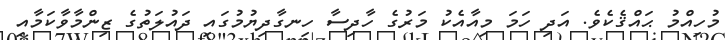
މުހިއްމު ޙައްޤެކެވެ. އަދި ހަމަ މިއާއެކު މަރުގެ ހާދިސާ ހިނގާދިޔުމުގައި ދައުލަތުގެ ޒިންމާވާކަމާއި